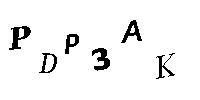
PDP3AK